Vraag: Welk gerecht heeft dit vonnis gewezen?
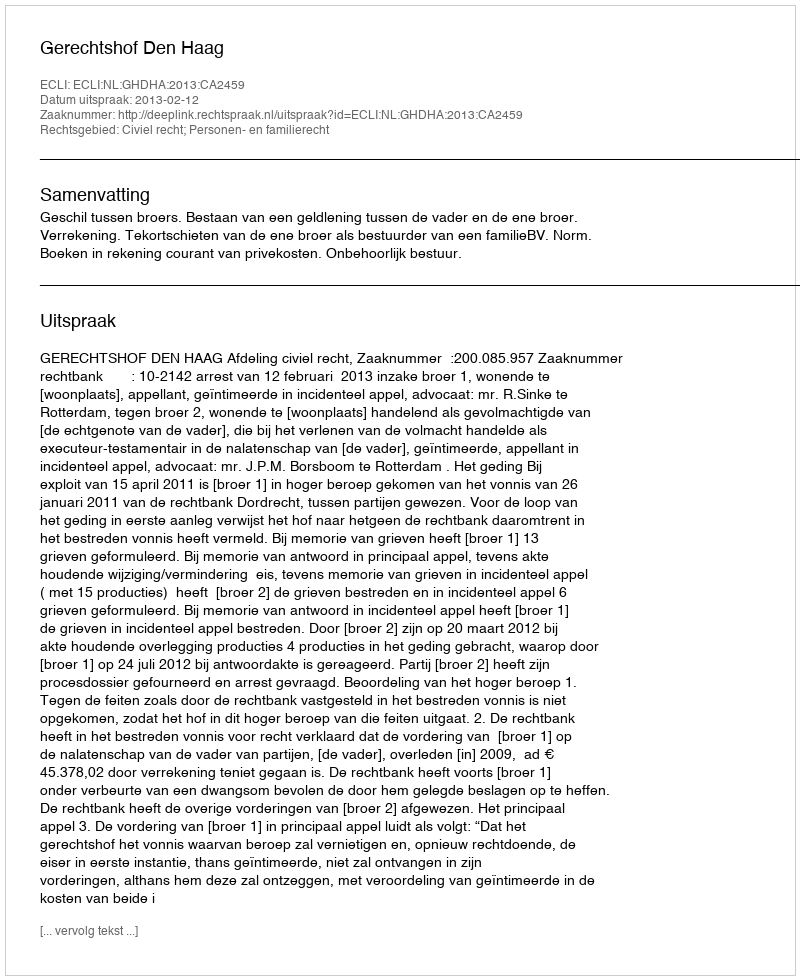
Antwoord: Gerechtshof Den Haag